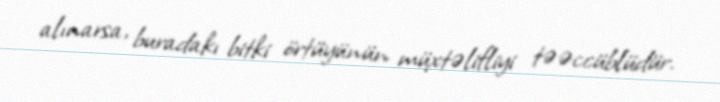
alınarsa, buradakı bitki örtüyünün müxtəlifliyi təəccüblüdür.